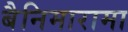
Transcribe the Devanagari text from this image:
बैनिमारामा